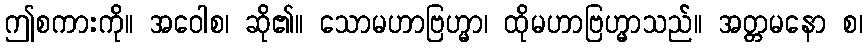
ဤစကားကို။ အဝေါစ၊ ဆို၏။ သောမဟာဗြဟ္မာ၊ ထိုမဟာဗြဟ္မာသည်။ အတ္တမနော စ၊